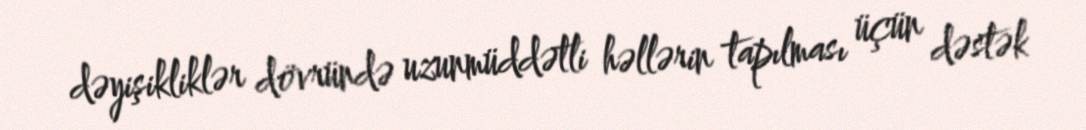
dəyişikliklər dövründə uzunmüddətli həllərin tapılması üçün dəstək